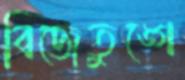
বিজেতুঙ্গে